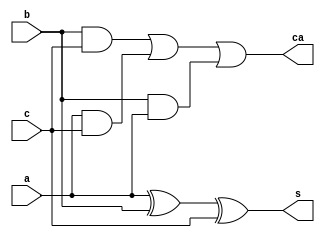
module full_adder ( a,b,c,s,ca );
input a,b,c;
output  s,ca; //4 bit adder

wire w4, w5, w6;

xor (s, a, b, c);

and (w4, b,c);
and (w5, a,c);
and (w6, b,a);
or (ca, w4,w5,w6);

endmodule